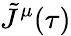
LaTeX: \tilde{J}^{\mu}(\tau)